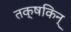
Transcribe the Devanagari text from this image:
तक्षकिन्